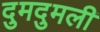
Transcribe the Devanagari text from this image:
दुमदुमली